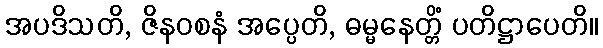
အပဒိသတိ, ဇိနဝစနံ အပ္ပေတိ, ဓမ္မနေတ္တိံ ပတိဋ္ဌာပေတိ။